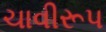
ચાવીરૂપ